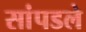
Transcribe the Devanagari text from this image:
सांपडले